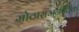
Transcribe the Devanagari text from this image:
मोठाराजनीतिक